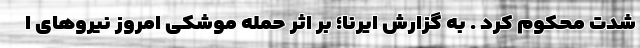
شدت محکوم کرد . به گزارش ایرنا؛ بر اثر حمله موشکی امروز نیروهای ا